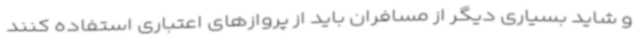
و شاید بسیاری دیگر از مسافران باید از پروازهای اعتباری استفاده کنند